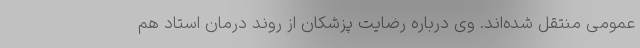
عمومی منتقل شده‌اند. وی درباره رضایت پزشکان از روند درمان استاد هم